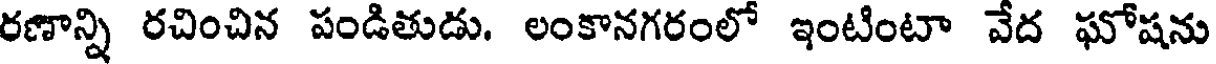
రణాన్ని రచించిన పండితుడు. లంకానగరంలో ఇంటింటా వేద ఘోషను